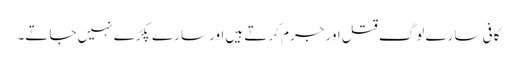
کافی سارے لوگ قتل اور جرم کرتے ہیں اور سارے پکڑے نہیں جاتے۔